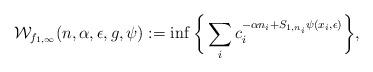
LaTeX: \begin{align*}\mathcal{W}_{f_{1,\infty}}(n,\alpha,\epsilon,g,\psi):=\inf\bigg\{\sum_{i}c_{i}^{-\alpha n_{i}+S_{1,n_{i}}\psi(x_{i},\epsilon)}\bigg\},\end{align*}